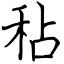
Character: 秥